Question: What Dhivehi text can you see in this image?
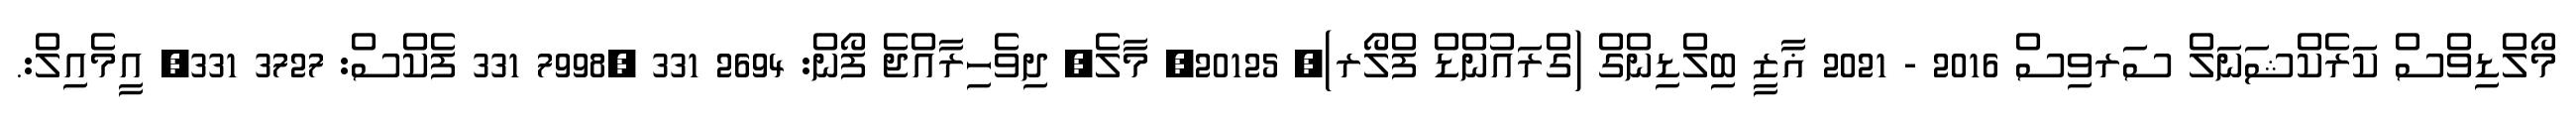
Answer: މޯލްޑިވްސް ކަރެކްޝަނަލް ސަރވިސް 2016 - 2021 ޣާޒީ ބިލްޑިންގް (ގްރައުންޑް ފްލޯރ), 20125, މާލެ, ދިވެހިރާއްޖެ ފޯން: 2694 331 ,7998 331 ފެކްސް: 3727 331, އީމެއިލް:.